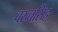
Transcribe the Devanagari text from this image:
बख्तसिंह